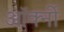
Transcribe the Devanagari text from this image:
ऑर्क्नी